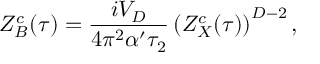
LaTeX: Z _ { B } ^ { c } ( \tau ) = { \frac { i V _ { D } } { 4 \pi ^ { 2 } \alpha ^ { \prime } \tau _ { 2 } } } \left( Z _ { X } ^ { c } ( \tau ) \right) ^ { D - 2 } ,